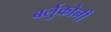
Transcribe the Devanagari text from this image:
बर्लुकोनी